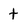
Character: t